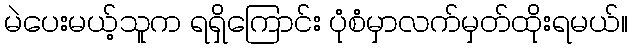
မဲပေးမယ့်သူက ရရှိကြောင်း ပုံစံမှာလက်မှတ်ထိုးရမယ်။